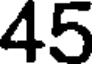
45